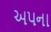
અપના